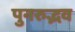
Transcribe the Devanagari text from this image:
पुनरुद्भव